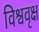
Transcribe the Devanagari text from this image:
विश्ववृक्ष